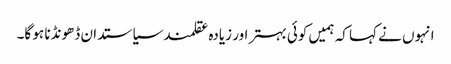
انہوں نے کہا کہ ہمیں کوئی بہتر اور زیادہ عقلمند سیاستدان ڈھونڈنا ہو گا۔